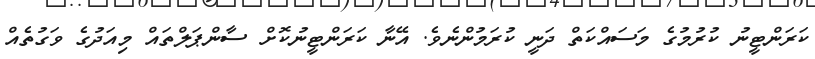
ކަރަންޓީނު ކުރުމުގެ މަސައްކަތް ދަނީ ކުރަމުންނެވެ. އޭނާ ކަރަންޓީނުކޮށް ސާންޕަލްތައް މިއަދުގެ ވަގުތެއް